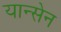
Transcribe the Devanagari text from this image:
यान्सेन